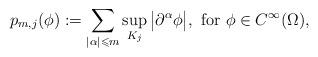
LaTeX: \begin{align*}p_{m,j}(\phi) := \sum_{|\alpha| \leqslant m} \sup_{K_j} \big| \partial^{\alpha}\phi \big|, \textrm{ for } \phi \in C^{\infty}(\Omega),\end{align*}